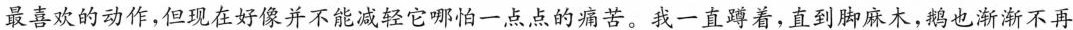
最喜欢的动作，但现在好像并不能减轻它哪怕一点点的痛苦。我一直蹲着，直到脚麻木，鹅也渐渐不再